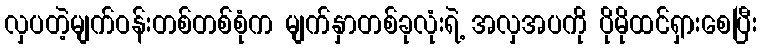
လှပတဲ့မျက်ဝန်းတစ်တစ်စုံက မျက်နှာတစ်ခုလုံးရဲ့ အလှအပကို ပိုမိုထင်ရှားစေပြီး